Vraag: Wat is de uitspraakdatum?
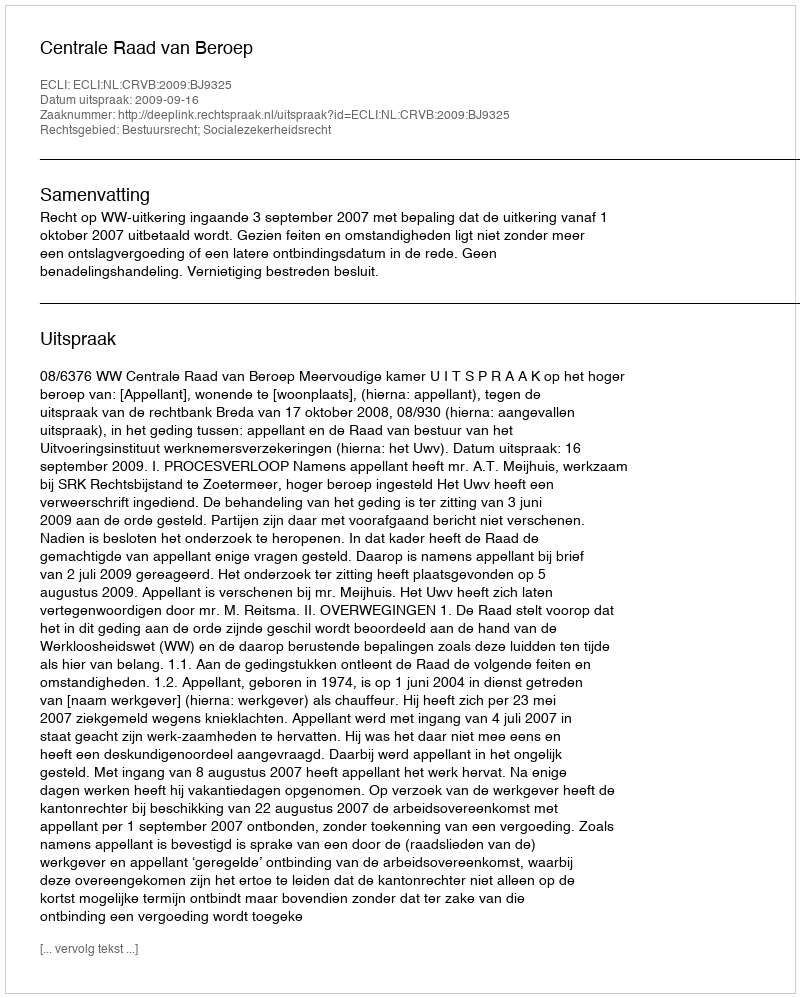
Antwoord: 2009-09-16